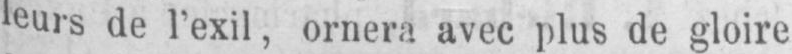
leurs de l’exil, ornera avec plus de gloire